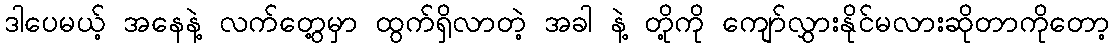
ဒါပေမယ့် အနေနဲ့ လက်တွေ့မှာ ထွက်ရှိလာတဲ့ အခါ နဲ့ တို့ကို ကျော်လွှားနိုင်မလားဆိုတာကိုတော့